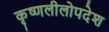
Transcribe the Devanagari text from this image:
कृष्णलीलोपदेश